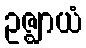
ဥဇ္ဈာယံ